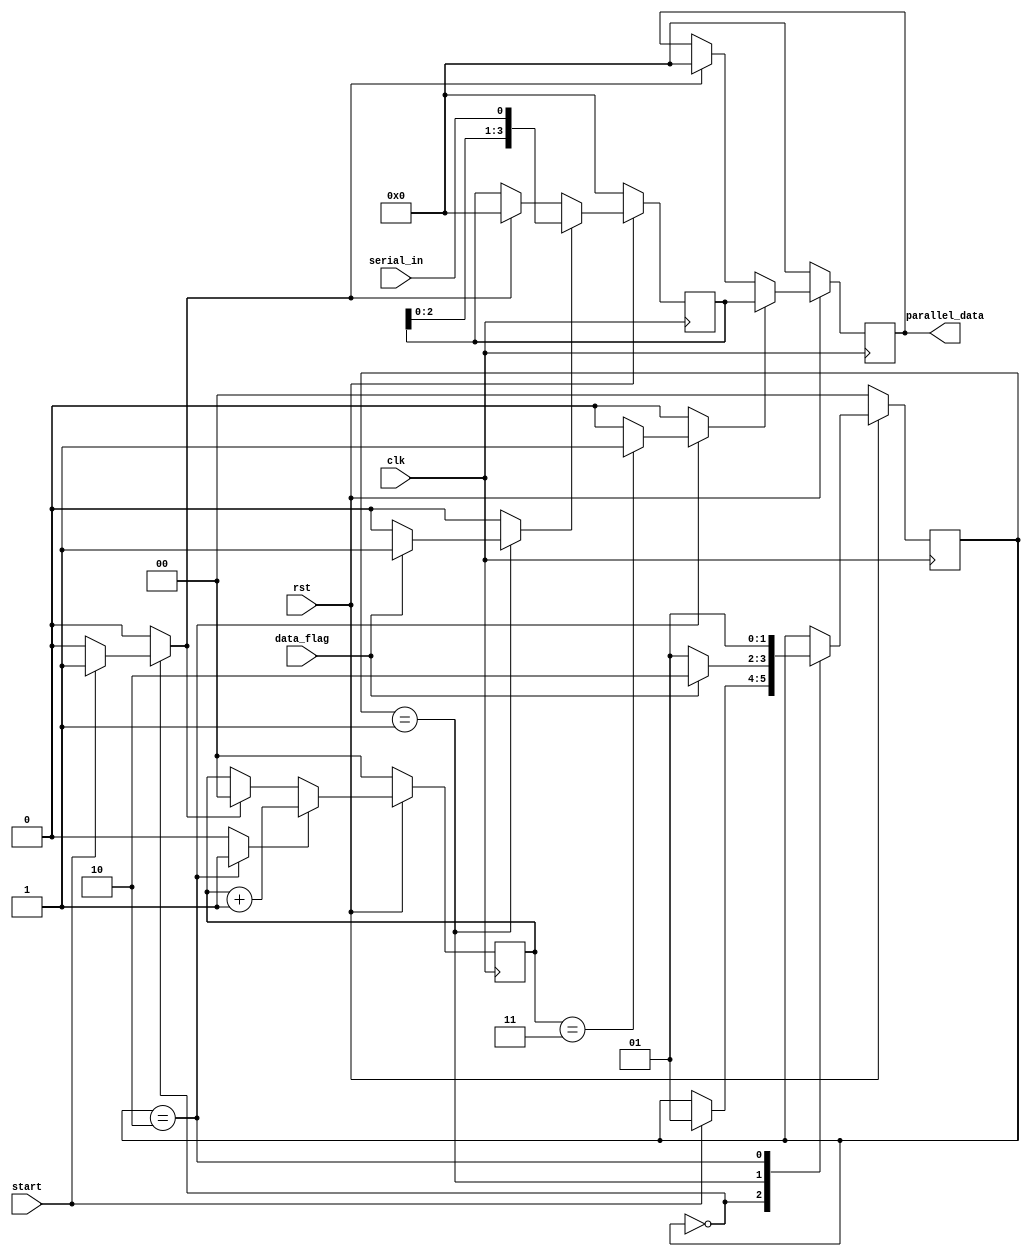
`timescale 1ns/1ns

module serial_2_parallel(
  input clk,
  input rst,
  input start,
  input serial_in,
  input data_flag,
  output  [3:0] parallel_data
  );
  
  //parameter
  parameter idle = 2'b00;
  parameter loop = 2'b01;
  parameter shift = 2'b10;
  
  //register
  reg [3:0] shift_reg, data_reg;
  reg [1:0] bit_cnt;
  //control signal
  reg [1:0] state, next_state;
  reg       start_control;
  reg       shift_reg_control, shift_data_control;
  reg       inc_bit_cnt;
  
  //CU
  always @(state or start or data_flag or bit_cnt) begin
    next_state = state;
    start_control = 0;
    shift_reg_control = 0;
    shift_data_control = 0;
    inc_bit_cnt = 0;
    case(state)
      idle:
      if(start) begin
        next_state = loop;
        start_control = 1;
      end
      loop:
      if(data_flag) begin
        next_state = shift;
        shift_reg_control = 1;
      end else next_state = loop;
      shift:
      begin
        if(bit_cnt == 3) shift_data_control = 1;
        inc_bit_cnt = 1;
        next_state = loop;
      end
    endcase
  end
  
  //DU
  always @(posedge clk) begin
    if(rst == 0) begin
      state <= idle;
      bit_cnt <= 0;
      shift_reg <= 4'b0000;
      data_reg <= 4'b0000;
    end else begin
      state = next_state;
      if(start_control) begin
        bit_cnt <= 0;
        shift_reg <= 4'b0000;
        data_reg <= 4'b0000;
      end
      if(shift_reg_control) shift_reg[3:0] <= {shift_reg[2:0], serial_in};
      if(shift_data_control) data_reg <= shift_reg;
      if(inc_bit_cnt) bit_cnt <= bit_cnt + 1;
    end
  end
  
  assign parallel_data = data_reg;
  
endmodule